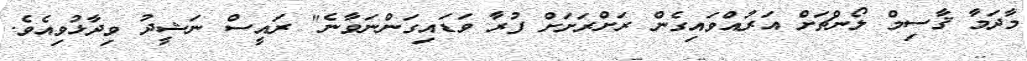
މާދަމާ ޤާސިމް ލޯންޗަށް އަރުއްވައިގެން ރަށްރަށަށް ފުރާ ވަޑައިގަންނަވާނެ" ރައީސް ނަޝީދު ވިދާޅުވިއެވެ.